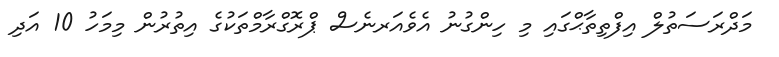
މަދްރަސަތުލް އިފްތިތާޙްގައި މި ހިންގުނު އެވެއަރނެސް ޕްރޮގްރާމްތަކުގެ އިތުރުން މިމަހު 10 އަދި